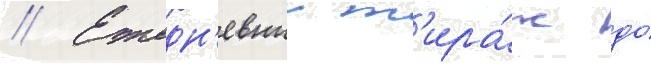
// Ежедн'евныи т'ира́ж до́